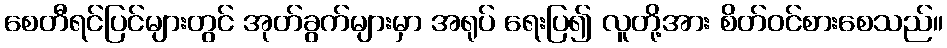
စေတီရင်ပြင်များတွင် အုတ်ခွက်များမှာ အရုပ် ရေးပြ၍ လူတို့အား စိတ်ဝင်စားစေသည်။